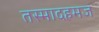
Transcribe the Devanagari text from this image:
तस्मादहमज